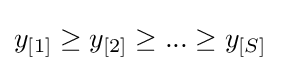
y_{[1]}\geq y_{[2]}\geq ...\geq y_{[S]}